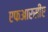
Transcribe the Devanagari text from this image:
एफआरसीए